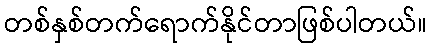
တစ်နှစ်တက်ရောက်နိုင်တာဖြစ်ပါတယ်။